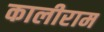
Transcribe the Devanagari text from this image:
कालीराम